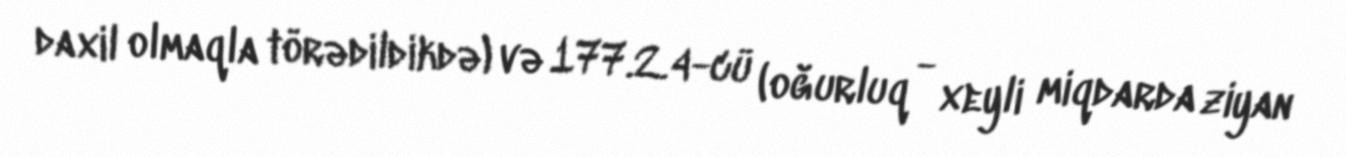
daxil olmaqla törədildikdə) və 177.2.4-cü (oğurluq - xeyli miqdarda ziyan